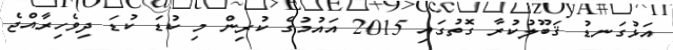
އަޅުގަނޑު ޤަބޫލުކުރާ ގޮތުގައި 2015 އައުމުގެ ކުރިން މި ކުޑަ ކުޑަ ދިވެހިރާއްޖެ